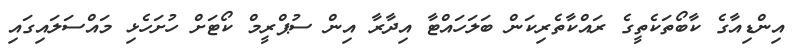
އިންޑިއާގެ ކާބޯތަކެތީގެ ރައްކާތެރިކަން ބަލަހައްޓާ އިދާރާ އިން ސުޕްރީމް ކޯޓަށް ހުށަހެޅި މައްސަލައިގައި